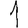
Digit: 1